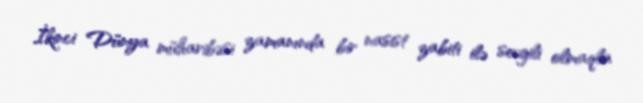
İkinci Dünya müharibəsi zamanında bir nasist zabiti ilə sevgili olmaqla